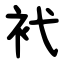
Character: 䘝